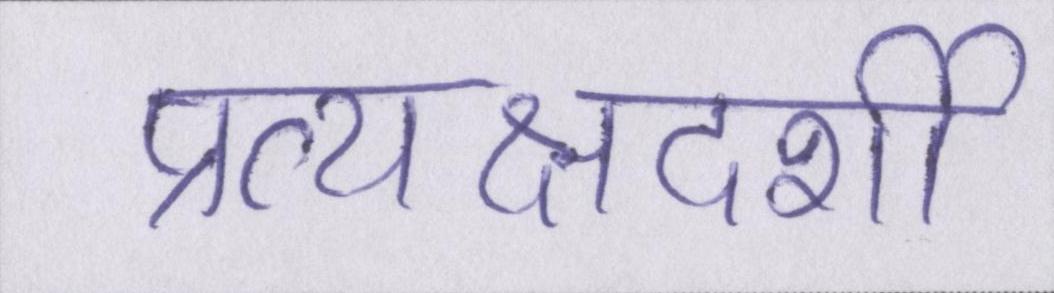
प्रत्यक्षदर्शी